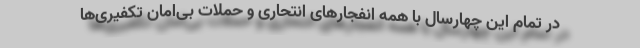
در تمام این چهارسال با همه انفجارهای انتحاری و حملات بی‌امان تکفیری‌ها